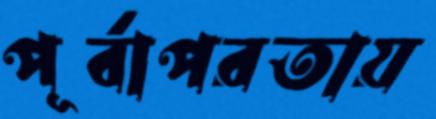
পূর্বাপরতায়